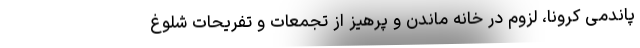
پاندمی کرونا، لزوم در خانه ماندن و پرهیز از تجمعات و تفریحات شلوغ